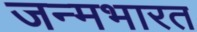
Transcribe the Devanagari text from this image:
जन्मभारत